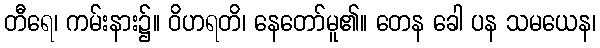
တီရေ၊ ကမ်းနား၌။ ဝိဟရတိ၊ နေတော်မူ၏။ တေန ခေါ ပန သမယေန၊